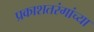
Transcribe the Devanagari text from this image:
प्रकाशतरंगांच्या